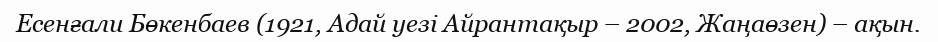
Есенғали Бөкенбаев (1921, Адай уезі Айрантақыр – 2002, Жаңаөзен) – ақын.